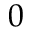
0